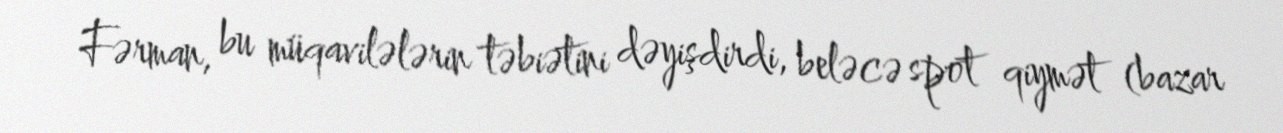
Fərman, bu müqavilələrin təbiətini dəyişdirdi, beləcə spot qiymət (bazar